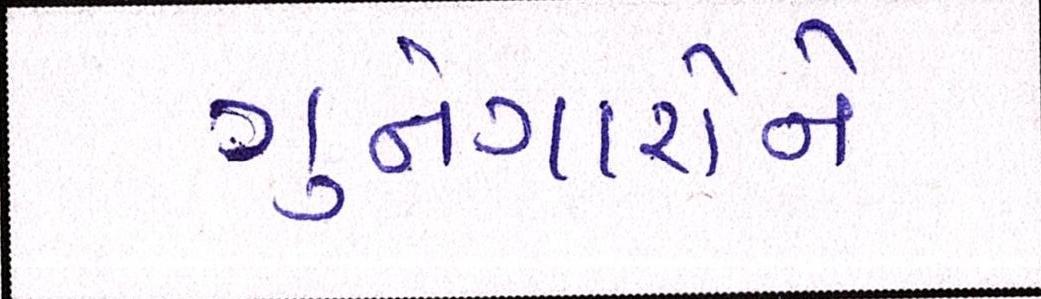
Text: ગુનેગારોને